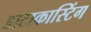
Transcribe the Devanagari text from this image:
डाटाकास्टिंग